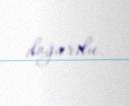
doğurdu.